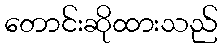
တောင်းဆိုထားသည်